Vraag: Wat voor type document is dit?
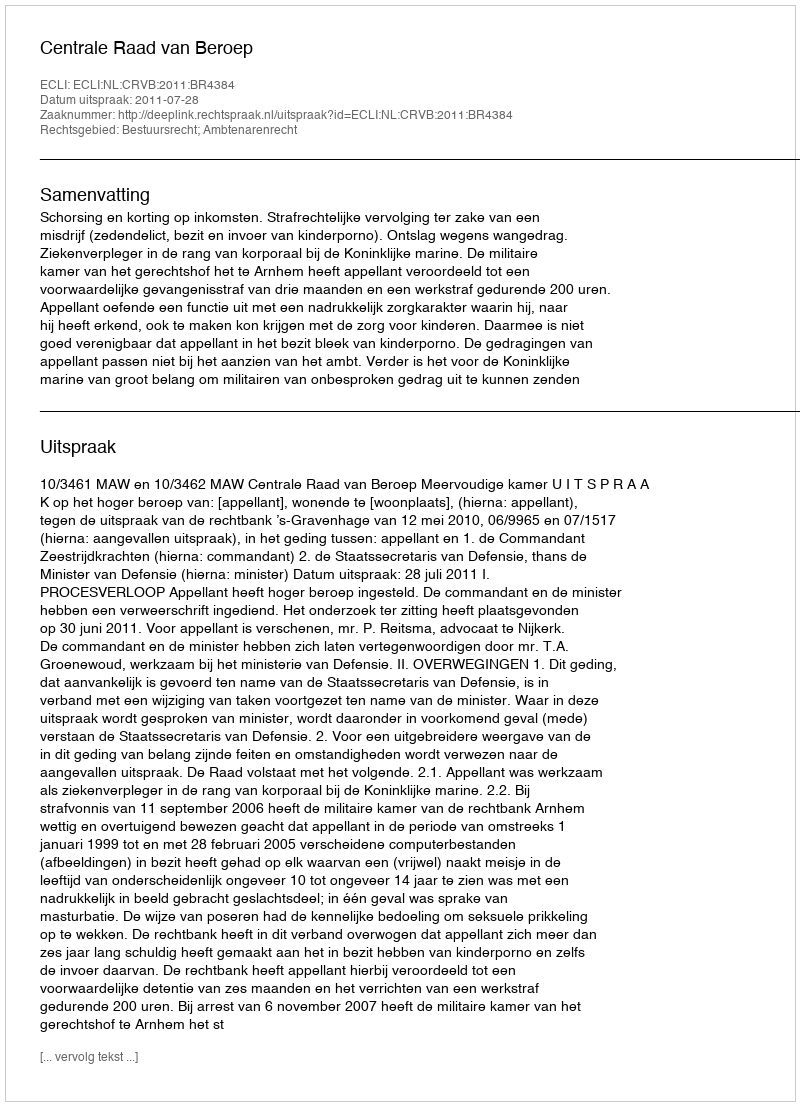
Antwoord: Uitspraak